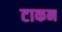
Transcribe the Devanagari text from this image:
टाकन